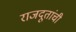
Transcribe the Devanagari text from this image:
राजदूतांची